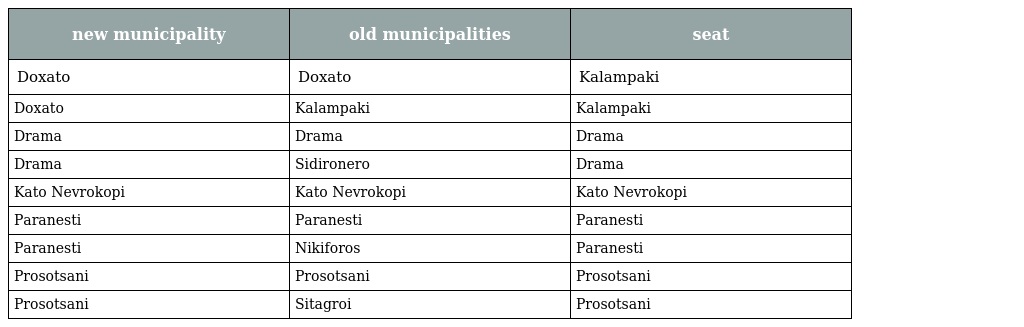
| new municipality | old municipalities | seat |
 | --- | --- | --- |
 | Doxato | Doxato | Kalampaki |
 | Doxato | Kalampaki | Kalampaki |
 | Drama | Drama | Drama |
 | Drama | Sidironero | Drama |
 | Kato Nevrokopi | Kato Nevrokopi | Kato Nevrokopi |
 | Paranesti | Paranesti | Paranesti |
 | Paranesti | Nikiforos | Paranesti |
 | Prosotsani | Prosotsani | Prosotsani |
 | Prosotsani | Sitagroi | Prosotsani |